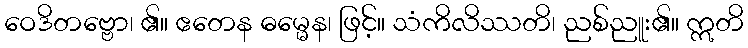
ဝေဒိတဗ္ဗော၊ ၏။ ဧတေန ဓမ္မေန၊ ဖြင့်။ သံကိလိဿတိ၊ ညစ်ညူး၏။ ဣတိ